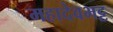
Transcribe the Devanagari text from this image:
महादेवभट्ट